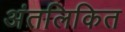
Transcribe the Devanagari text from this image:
अंतलिकित